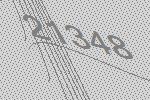
21348